Annual report of the Punjab Veterinary College and of the Civil Veterinary Department, Punjab - 1909-1919
Year: 1909
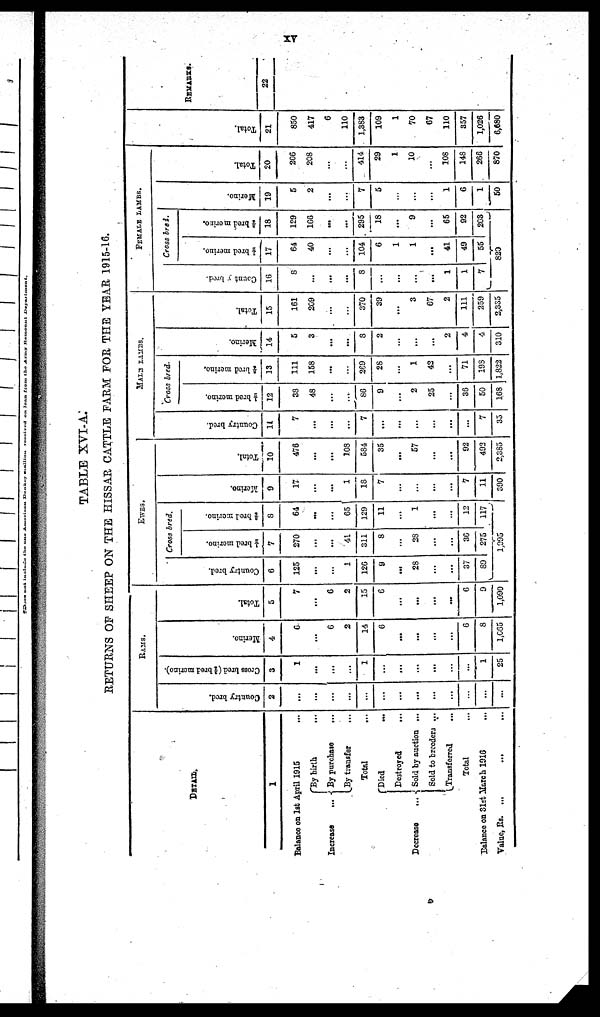
XV
TABLE XVI-A.
RETURNS OF SHEEP ON THE HISSAR CATTLE FARM FOR THE YEAR 1915-16.
DETAIL.
1
Balance on 1st April 1915 ...
Increase ...
By birth ...
By purchase
...
By transfer ...
Total ...
Decrease ...
Died ...
Destroyed
...
Sold by auction ...
Sold to breeders ...
Transferred
...
Total ...
Balance on 31st March 1916 ...
Value, Rs ....
...
...
RAMS
Country bred.
2
...
...
...
...
...
...
...
...
...
...
...
...
...
Cross bred (f bred merino).
3
1
...
...
...
1
...
...
...
...
...
...
1
25
Mer i
no.
4
6
...
6
2
14
6
...
...
...
...
6
8
1,665
Tot al .
5
7
...
6
2
15
6
...
...
...
...
6
9
1,090
EWES
Count r y bred.
6
125
...
...
1
126
9
...
28
...
...
37
89
...
Cross bred.
½ bred merino.
7
270
...
...
41
311
8
...
28
...
...
30
275
1,995
3/4 bred merino.
8
64
...
...
65
129
11
...
1
...
...
12
117
...
Mer i
no.
9
17
...
...
1
18
7
...
...
...
...
7
11
890
Tot al .
10
476
...
...
108
584
35
...
57
...
...
92
492
2,385
MALE LAMBS.
Count r y bred.
11
7
...
...
...
7
...
...
...
...
...
...
7
35
Cross bred.
½ bred merino.
12
38
48
...
...
86
9
...
2
25
...
35
50
168
3/4 bred merino.
13
111
158
...
...
269
28
...
1
42
...
71
193
1,822
Mer i
no.
14
5
3
...
...
8
2
...
...
...
2
4
4
310
Tot al .
15
161
269
...
...
370
39
...
3
67
2
111
259
2,335
FEMALE LAMBS.
Count y br ed.
16
8
...
...
...
8
...
...
...
...
1
1
7
...
Cross bred.
½ bred merine.
17
64
40
...
...
104
6
1
1
...
41
49
55
820
3/4 bred merino.
18
129
166
...
...
295
18
...
9
...
65
92
203
...
Mer i
no.
19
5
2
...
...
7
5
...
...
...
1
6
1
50
Tot al .
20
206
208
...
...
414
29
1
10
...
108
148
266
870
Tot al .
21
850
417
6
110
1,383
109
1
70
67
110
357
1,026
6,680
REMARKS.
22